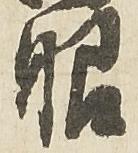
眼